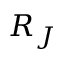
R _ { J }